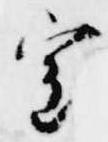
室